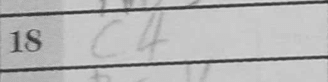
Transcription: c4